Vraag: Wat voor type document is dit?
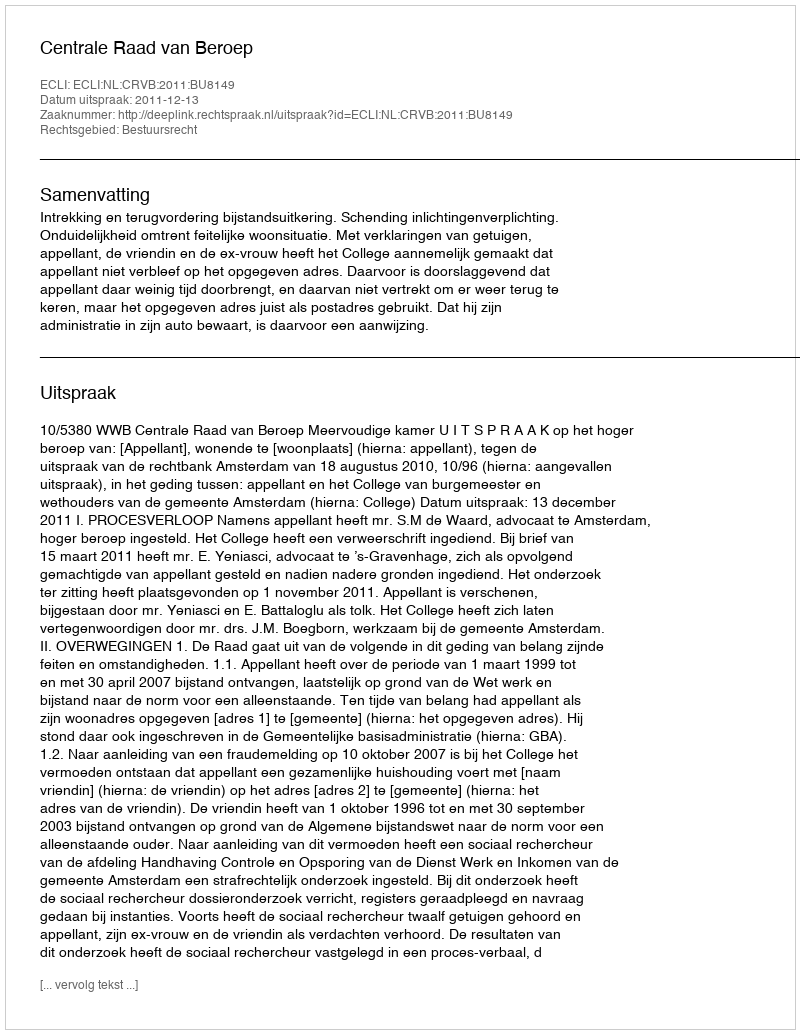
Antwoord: Uitspraak